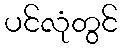
ပင်လုံတွင်